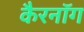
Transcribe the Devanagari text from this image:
कैरनॉग